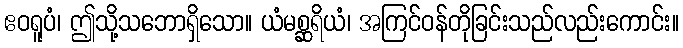
ဧဝရူပံ၊ ဤသို့သဘောရှိသော။ ယံမစ္ဆရိယံ၊ အကြင်ဝန်တိုခြင်းသည်လည်းကောင်း။